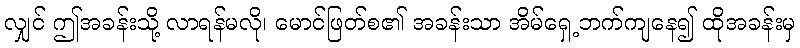
လျှင် ဤအခန်းသို့ လာရန်မလို၊ မောင်ဖြတ်စ၏ အခန်းသာ အိမ်ရှေ့ဘက်ကျနေ၍ ထိုအခန်းမှ